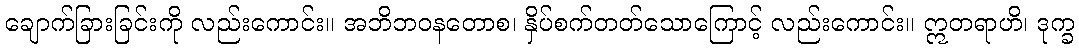
ချောက်ခြားခြင်းကို လည်းကောင်း။ အဘိဘဝနတောစ၊ နှိပ်စက်တတ်သောကြောင့် လည်းကောင်း။ ဣတရာဟိ၊ ဒုက္ခ